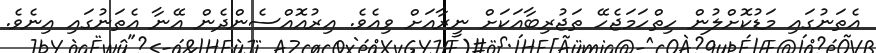
އެތަނުގައި މަޑުކޮށްލުން ހިތްހަމަޖެހޭ ތަޖުރިބާއަކަށް ނީރާއަށް ވިއެވެ. އިރުއޮއްސެންދެން އޭނާ އެތަނުގައި އިނެވެ.